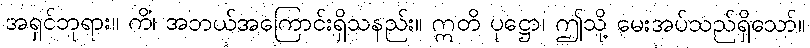
အရှင်ဘုရား။ ကိံ၊ အဘယ်အကြောင်းရှိသနည်း။ ဣတိ ပုဋ္ဌော၊ ဤသို့ မေးအပ်သည်ရှိသော်။